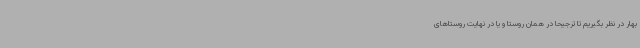
بهار در نظر بگیریم تا ترجیحاً در همان روستا و یا در نهایت روستاهای